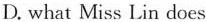
D. what Miss Lin does